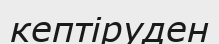
кептіруден